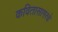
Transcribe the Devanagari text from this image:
कवितासागरचे